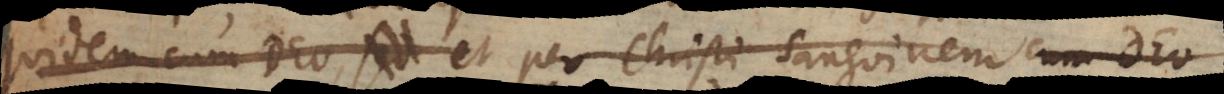
quidem cum Deo sed et per Christi sanguinem cum Deo